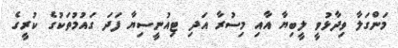
މަންގަލާ ވިދާޅުވީ ލީބިޔާ އާއި މިސުރާ އަދި ޓިއުނީސިޔާ ފަދަ ގައުމުތަކުގެ ކުރީގެ